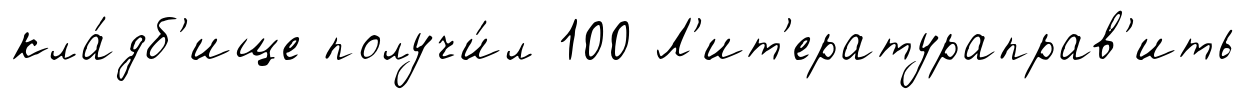
кла́дб'ище получи́л 100 Л'ит'ератураправ'ить